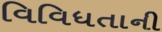
વિવિધતાની